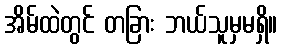
အိမ်ထဲတွင် တခြား ဘယ်သူမှမရှိ။